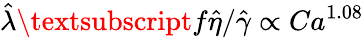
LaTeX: \hat{\lambda}\textsubscript{f}\hat{\eta}/\hat{\gamma}\propto Ca^{1.08}